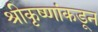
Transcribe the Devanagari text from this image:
श्रीकृष्णांकडून